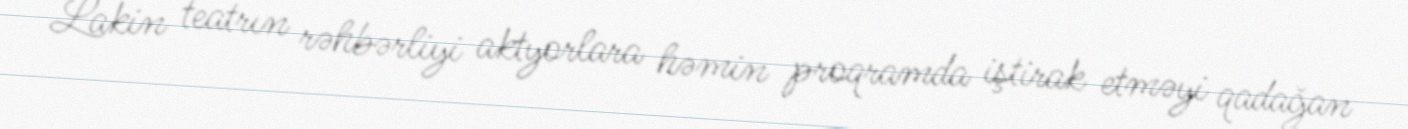
Lakin teatrın rəhbərliyi aktyorlara həmin proqramda iştirak etməyi qadağan